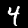
Label: 4